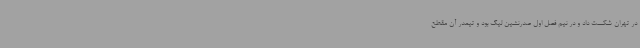
در تهران شکست داد و در نیم فصل اول صدرنشین لیگ بود و تیمدر آن مقطع